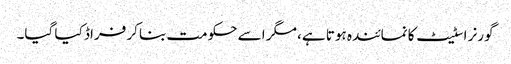
گورنر اسٹیٹ کا نمائندہ ہوتا ہے، مگر اسے حکومت بناکر فراڈ کیا گیا۔